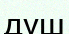
душ